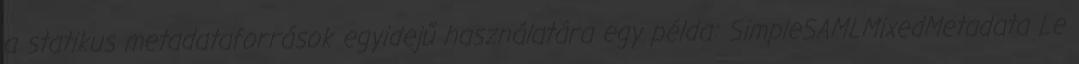
a statikus metadataforrások egyidejű használatára egy példa: SimpleSAMLMixedMetadata Le